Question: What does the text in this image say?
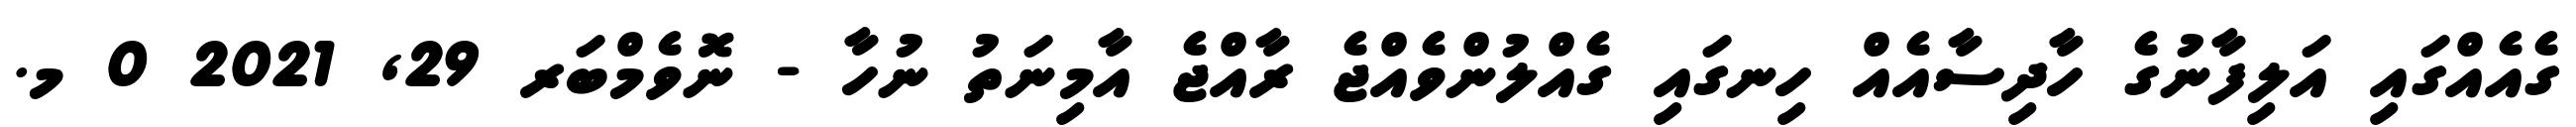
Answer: ގެއެއްގައި އަލިފާނުގެ ހާދިސާއެއް ހިނގައި ގެއްލުންވެއްޖެ ރާއްޖެ އާމިނަތު ނުހާ - ނޮވެމްބަރ 29, 2021 0 މ.